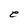
Character: e